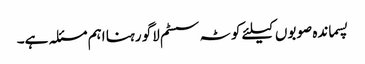
پسماندہ صوبوں کیلئے کوٹہ سسٹم لاگو رہنا اہم مسئلہ ہے۔